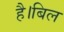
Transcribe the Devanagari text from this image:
है।बिल